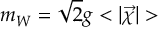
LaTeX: m _ { W } = \sqrt { 2 } g < | \vec { \chi } | >